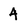
Character: 4